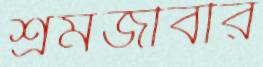
শ্রমজীবীর